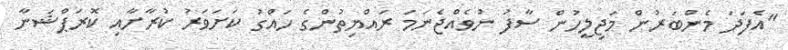
"އެފަދަ މެންބަރުން މަޖިލީހުން ސާފު ނުވެއްޖެނަމަ ރައްޔިތުންގެ ހައްގު ކަށަވަރު ކުރާށާއި ކޮރަޕްޝަނާ